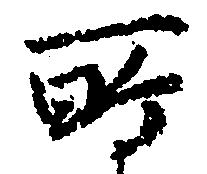
所